Indian journal of veterinary science and animal husbandry - Volumes 18-21, 1948-1951
Year: 1948
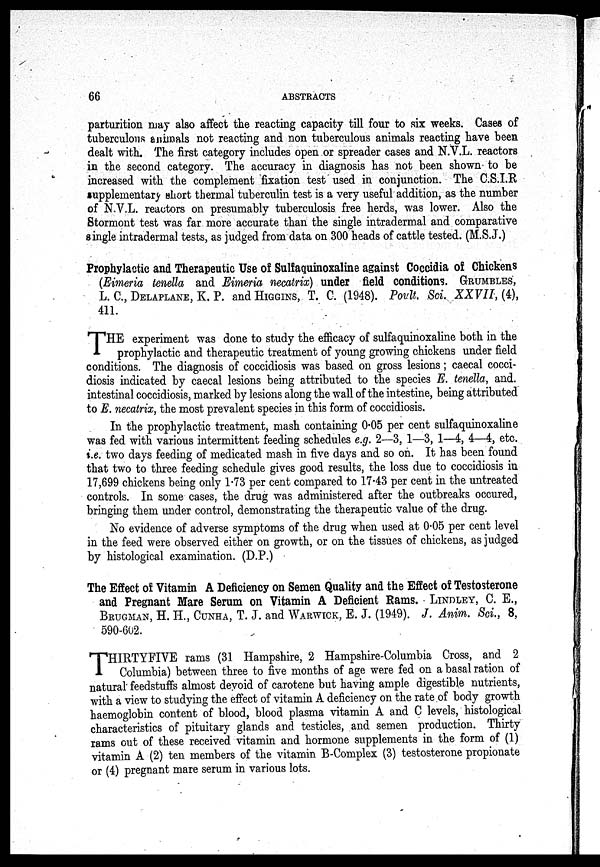
66
ABSTRACTS
parturition may also affect the reacting capacity till four to six weeks. Cases of
tuberculous animals not reacting and non tuberculous animals reacting have been
dealt with. The first category includes open or spreader cases and N.V.L. reactors
in the second category. The accuracy in diagnosis has not been shown to be
increased with the complement fixation test used in conjunction. The C.S.I.R
supplementary short thermal tuberculin test is a very useful addition, as the number
of N.V.L. reactors on presumably tuberculosis free herds, was lower. Also the
Stormont test was far more accurate than the single intradermal and comparative
single intradermal tests, as judged from data on 300 heads of cattle tested. (M.S.J.)
Prophylactic and Therapeutic Use of Sulfaquinoxaline against Coccidia of Chickens
(Eimeria tenella and Eimeria necatrix) under field conditions. GRUMBLES,
L. C., DELAPLANE, K. P. and HIGGINS, T. C. (1948). Poult. Sci. XXVII, (4),
411.
T HE experiment was done to study the efficacy of sulfaquinoxaline both in the
prophylactic and therapeutic treatment of young growing chickens under field
conditions. The diagnosis of coccidiosis was based on gross lesions; caecal cocci-
diosis indicated by caecal lesions being attributed to the species E. tenella, and.
intestinal coccidiosis, marked by lesions along the wall of the intestine, being attributed
to E. necatrix, the most prevalent species in this form of coccidiosis.
In the prophylactic treatment, mash containing 0.05 per cent sulfaquinoxaline
was fed with various intermittent feeding schedules e.g. 2—3, 1—3, 1—4, 4—4, etc.
i.e. two days feeding of medicated mash in five days and so on. It has been found
that two to three feeding schedule gives good results, the loss due to coccidiosis in
17,699 chickens being only 1.73 per cent compared to 17.43 per cent in the untreated
controls. In some cases, the drug was administered after the outbreaks occured,
bringing them under control, demonstrating the therapeutic value of the drug.
No evidence of adverse symptoms of the drug when used at 0.05 per cent level
in the feed were observed either on growth, or on the tissues of chickens, as judged
by histological examination. (D.P.)
The Effect of Vitamin A Deficiency on Semen Quality and the Effect of Testosterone
and Pregnant Mare Serum on Vitamin A Deficient Rams. LINDLEY, C. E.,
BRUGMAN, H. H., CUNHA, T. J. and WARWICK, E. J. (1949). J. Anim. Sci., 8,
590-602.
T HIRTYFIVE rams (31 Hampshire, 2 Hampshire-Columbia Cross, and 2
Columbia) between three to five months of age were fed on a basal ration of
natural feedstuffs almost devoid of carotene but having ample digestible nutrients,
with a view to studying the effect of vitamin A deficiency on the rate of body growth
haemoglobin content of blood, blood plasma vitamin A and C levels, histological
characteristics of pituitary glands and testicles, and semen production. Thirty
rams out of these received vitamin and hormone supplements in the form of (1)
vitamin A (2) ten members of the vitamin B-Complex (3) testosterone propionate
or (4) pregnant mare serum in various lots.